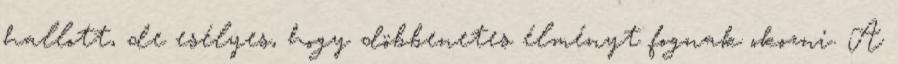
hallott, de esélyes, hogy döbbenetes élményt fognak okozni. A